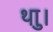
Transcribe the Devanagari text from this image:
थाु।